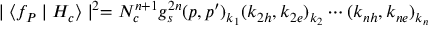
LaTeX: \mid \langle f _ { P } \mid H _ { c } \rangle \mid ^ { 2 } = N _ { c } ^ { n + 1 } g _ { s } ^ { 2 n } ( p , p ^ { \prime } ) _ { k _ { 1 } } ( k _ { 2 h } , k _ { 2 e } ) _ { k _ { 2 } } \cdots ( k _ { n h } , k _ { n e } ) _ { k _ { n } }